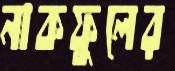
নাকফুলের